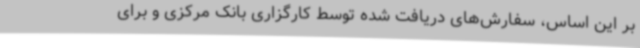
بر این اساس، سفارش‌های دریافت شده توسط کارگزاری بانک مرکزی و برای